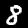
Label: 8